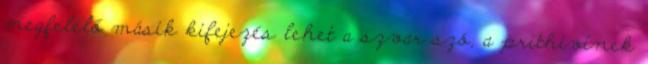
megfelelő másik kifejezés lehet a szvar szó, a prithivínek